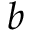
b